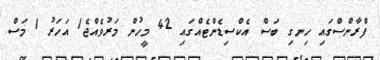
ފްރާންސްގައި ހިނގި ބަސް އެކްސިޑެންޓެއްގައި 42 މީހުން މަރުވެއްޖެ1 އަހަރު 1 މަސް